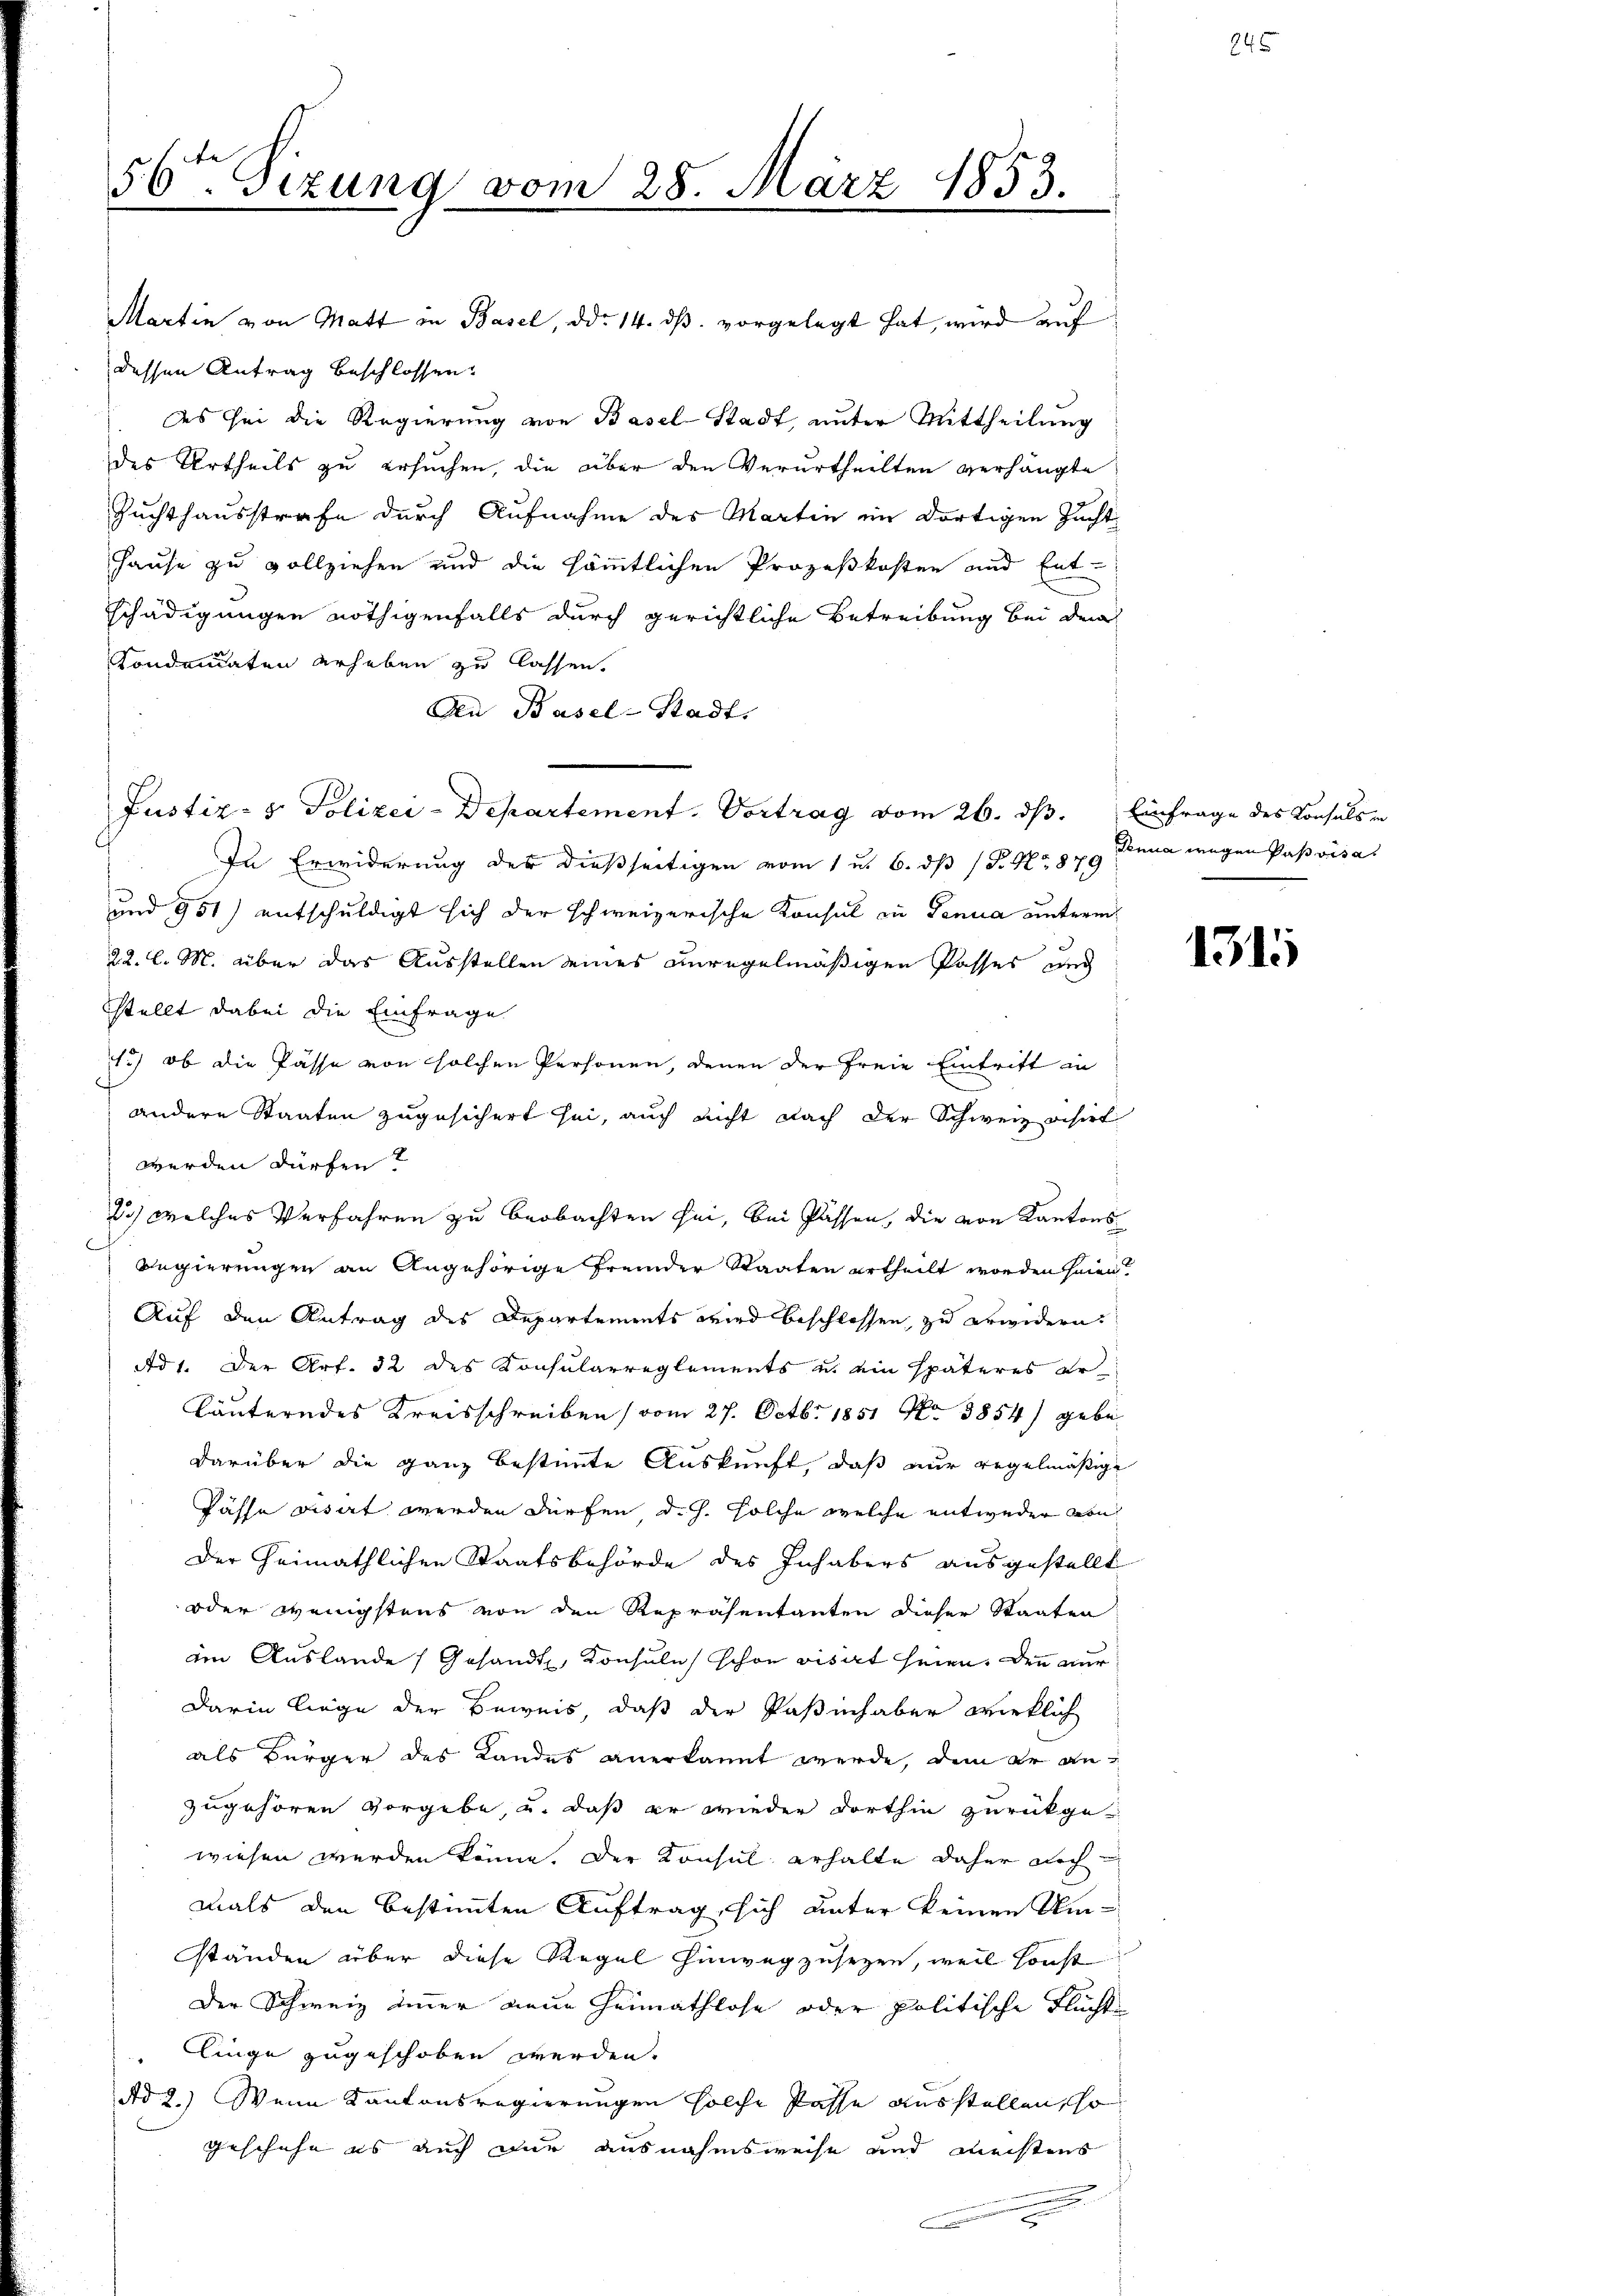
56ten Sizung vom 28. März 1853.

dessen Antrag beschlossen:
des sei die Regierung von Basel-Stadt, unter Mittheilung
des Urtheils zu ersuchen, die über den Verurtheilten verhängte
Zuchthausstrafe durch Aufnahme des Martin im dortigen Zucht
Hause zu vollziehen und die sämmtlichen Prozeßkosten und Entschädigungen nöthigenfalls durch gerichtliche Betreibung bei dem
Kondonaten erheben zu lassen.
An Basel-Stadt.
Justiz- & Polizei-Departement. Vortrag vom 26. ds. Einfrage des Konsuls in
In Erwiderung der dießseitigen vom 1 u. 6. ds P. G. 879 Anna wegen Pasvisa
und 951) entschuldigt sich der schweizerische Konsul zu Genua unterm
22. l. M. über das Ausstellen eines unregelmäßigen Passes und
stellt dabei die Einfrage
.) ob die Pässe von solchen Personen, denen der freie Eintritt in
andere Staaten zugesichert sei, auch nicht nach der Schweiz visirt
werden dürfen?
2) welches Verfahren zu beobachten sei, bei Passen, die von Kantons
Regierungen an Angehörige Fremder Staaten urtheilt worden seien?
Auf den Antrag des Departements wird beschlossen, zu erwidern.
Ad 1. Der Art. 32 des Konsularreglements u. ein späteres er
läuterndes Kreisschreiben (vom 27. Octbr. 1851 No 3854) gebe
darüber die ganz bestimmte Auskunft, daß nur regelmäßige
Pässe visart werden dürfen d. h. solche welche entweder von
der heimathlichen Staatsbehörde des Inhabers ausgestellt
oder wenigstens von den Repräsentanten dieser Staaten
im Auslande (Gesandt, Konsule) schon visirt seien. Denn nur
darin liege der Beweis, daß der Paßinhaber wirklich
als Bürger des Landes anerkannt werde, dem er anzugehören vorgebe, u. daß er wieder dorthin zurückgewiesen werden könne. Der Konsul erhalte daher noch
mals den bestimmten Auftrag, sich unter keinen Um-
ständen über diese Regel hinwegzusetzen, weil sonst
Der Schweiz immer neue Heimathlose oder politische Flüchte
linge zugeschoben werden.
Ad 2.) Wenn Kantonsregierungen solche Pässe ausstellen, so
geschehe es auch Dir ausnahmsweise und meistens
e

Martin von Matt in Basel, ddo 14. ds. vorgelegt hat, wird auf

1315